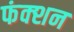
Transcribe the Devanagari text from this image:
फंक्‍शन